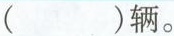
( )辆。